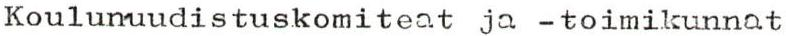
Koulunuudistuskomiteat ja -toimikunnat